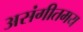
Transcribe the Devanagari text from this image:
असंगीतमय